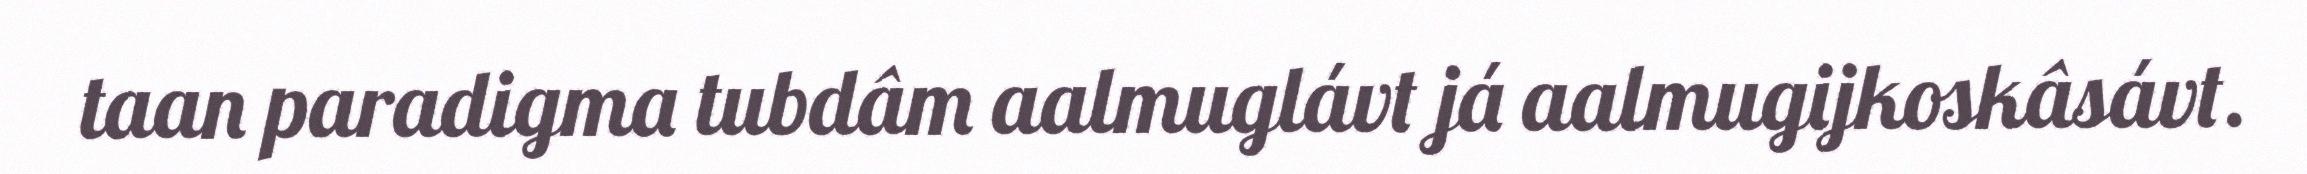
taan paradigma tubdâm aalmuglávt já aalmugijkoskâsávt.